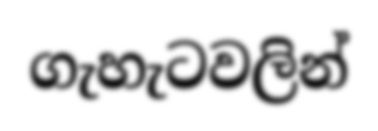
ගැහැටවලින්